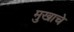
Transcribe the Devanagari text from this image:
मुखाचे